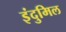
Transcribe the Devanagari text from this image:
इंदुमिल